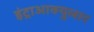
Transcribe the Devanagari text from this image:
इंट्राआक्युलार